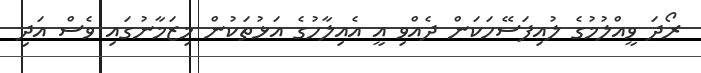
ރޯދަ ވީއްލުމުގެ ލުއިފަސޭހަކަން ދެއްވި އީ އެއިލާހުގެ އަޅުތަކުން މިޒަމާނުގައި ވެސް އަދި